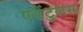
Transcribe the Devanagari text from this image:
एडेंटुलस